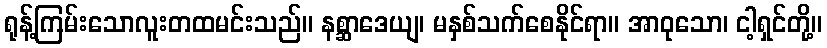
ရုန့်ကြမ်းသောလူးတထမင်းသည်။ နစ္ဆာဒေယျ၊ မနှစ်သက်စေနိုင်ရာ။ အာဝုသော၊ ငါ့ရှင်တို့။